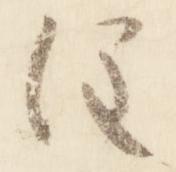
注